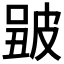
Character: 𤿮